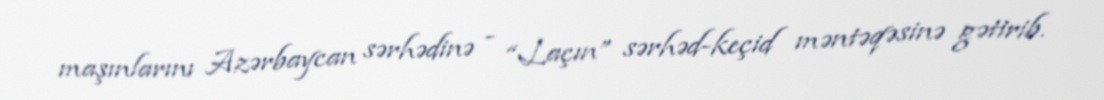
maşınlarını Azərbaycan sərhədinə - “Laçın” sərhəd-keçid məntəqəsinə gətirib.